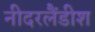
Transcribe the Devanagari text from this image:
नीदरलैंडीश